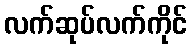
လက်ဆုပ်လက်ကိုင်